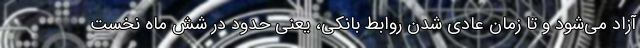
آزاد می‌شود و تا زمان عادی شدن روابط بانکی، یعنی حدود در شش ماه نخست